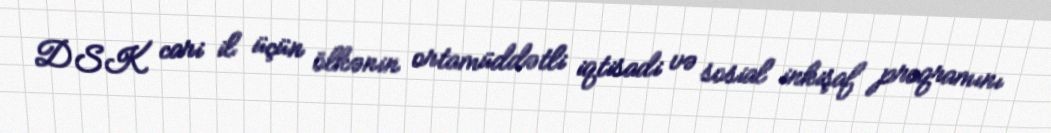
DSK cari il üçün ölkənin ortamüddətli iqtisadi və sosial inkişaf proqramını